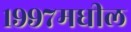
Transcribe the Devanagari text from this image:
१९९७मधील